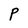
Character: P